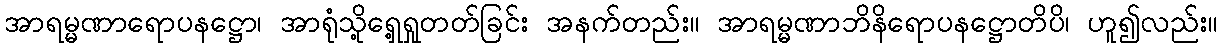
အာရမ္မဏာရောပနဋ္ဌော၊ အာရုံသို့ရှေ့ရှုတတ်ခြင်း အနက်တည်း။ အာရမ္မဏာဘိနိရောပနဋ္ဌောတိပိ၊ ဟူ၍လည်း။